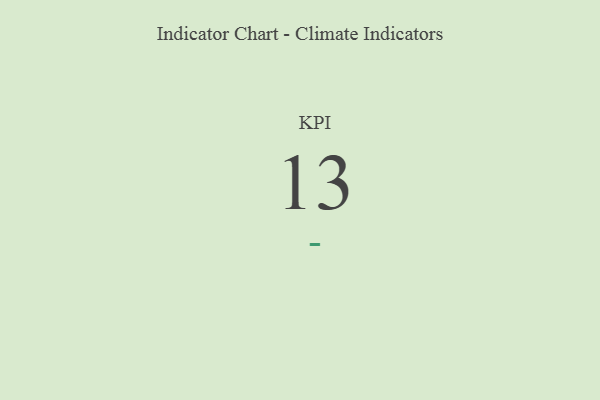
{"axis": {"x": "KPI", "y": "Value"}, "legend": [""], "data": [{"x": "KPI", "y": 13, "type": ""}]}